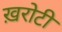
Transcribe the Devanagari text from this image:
ख़रोटी